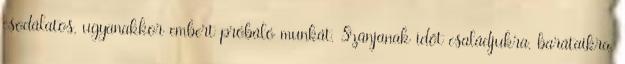
csodálatos, ugyanakkor embert próbáló munkát. Szánjanak időt családjukra, barátaikra,